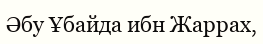
Әбу Ұбайда ибн Жаррах,